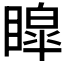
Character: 𭿟